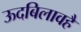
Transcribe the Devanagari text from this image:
ऊदबिलावहै